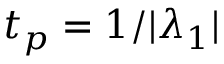
t _ { p } = 1 / | \lambda _ { 1 } |